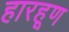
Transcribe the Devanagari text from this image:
हारहूण